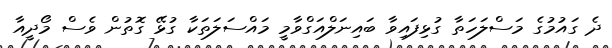
ދެ ގައުމުގެ މަސްލަހަތާ ގުޅިފައިވާ ބައިނަލްއަގްވާމީ މައްސަލަތަކާ ގުޅޭ ގޮތުން ވެސް މޯދީއާ